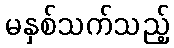
မနှစ်သက်သည့်